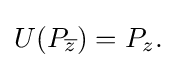
\displaystyle {U(P_{\overline {z}})=P_{z}.}